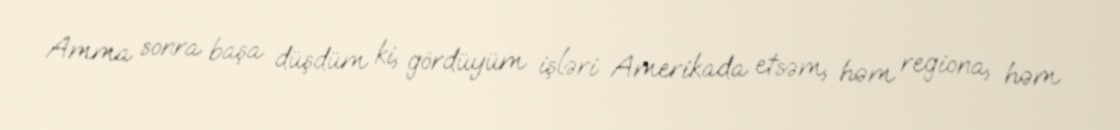
Amma sonra başa düşdüm ki, gördüyüm işləri Amerikada etsəm, həm regiona, həm